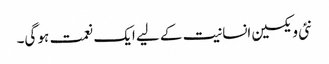
نئی ویکسین انسانیت کے لیے ایک نعمت ہو گی۔